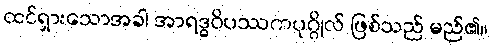
ထင်ရှားသောအခါ အာရဒ္ဓဝိပဿကပုဂ္ဂိုလ် ဖြစ်သည် မည်၏။